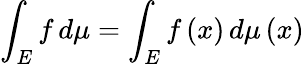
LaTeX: \int_{E}f\, d\mu=\int_{E}f\left(x\right)\, d\mu\left(x\right)